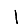
Digit: 1